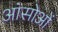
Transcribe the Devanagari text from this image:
आंसोओं